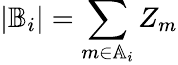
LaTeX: \vert{\mathbb{B}}_{i}\vert=\sum_{m\in{\mathbb{A}}_{i}}Z_{m}